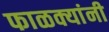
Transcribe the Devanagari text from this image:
फाळक्यांनी